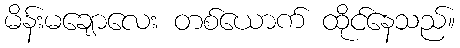
မိန်းမချောလေး တစ်ယောက် ထိုင်နေသည်။